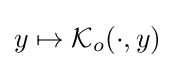
y\mapsto {\mathcal {K}}_{o}(\cdot ,y)